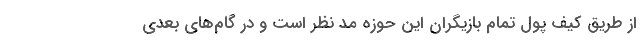
از طریق کیف پول تمام بازیگران این حوزه مد نظر است و در گام‌های بعدی